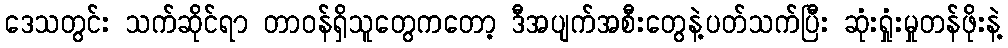
ဒေသတွင်း သက်ဆိုင်ရာ တာဝန်ရှိသူတွေကတော့ ဒီအပျက်အစီးတွေနဲ့ပတ်သက်ပြီး ဆုံးရှုံးမှုတန်ဖိုးနဲ့